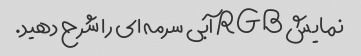
نمایش RGB آبی سرمه ای را شرح دهید.